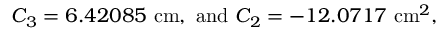
C _ { 3 } = 6 . 4 2 0 8 5 \ \mathrm { c m } , \ \mathrm { a n d } \ C _ { 2 } = - 1 2 . 0 7 1 7 \ \mathrm { c m } ^ { 2 } ,